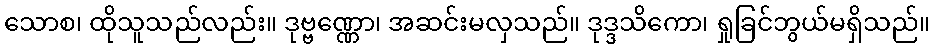
သောစ၊ ထိုသူသည်လည်း။ ဒုဗ္ဗဏ္ဏော၊ အဆင်းမလှသည်။ ဒုဒ္ဒသိကော၊ ရှုခြင်ဘွယ်မရှိသည်။